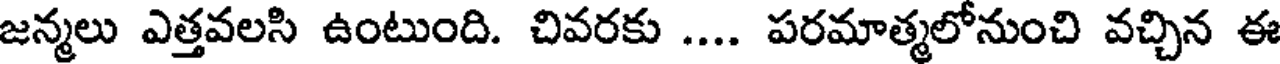
జన్మలు ఎత్తవలసి ఉంటుంది. చివరకు .... పరమాత్మలోనుంచి వచ్చిన ఈ